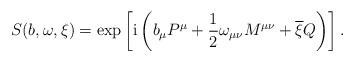
LaTeX: \begin{align*} S(b,\omega,\xi) = \exp \left[ {\rm i} \left( b_{\mu} P^{\mu} + \frac{1}{2} \omega_{\mu\nu} M^{\mu\nu} + \overline{\xi} Q \right) \right] .\end{align*}